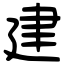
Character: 建